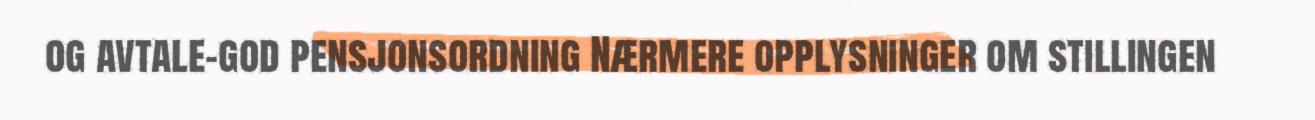
og avtale-god pensjonsordning Nærmere opplysninger om stillingen